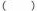
( )